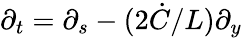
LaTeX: \partial_{t}=\partial_{s}-(2\dot{C}/L)\partial_{y}